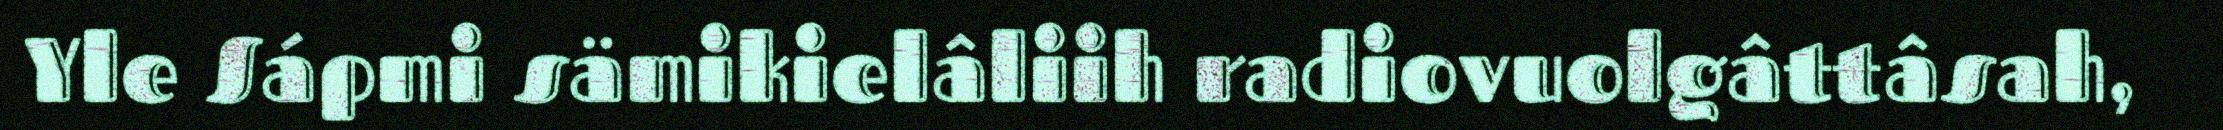
Yle Sápmi sämikielâliih radiovuolgâttâsah,